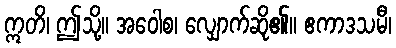
ဣတိ၊ ဤသို့။ အဝေါစ၊ လျှောက်ဆို၏။ ဧကာဒသမီ၊